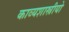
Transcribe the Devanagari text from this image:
काव्यशास्त्रीयो